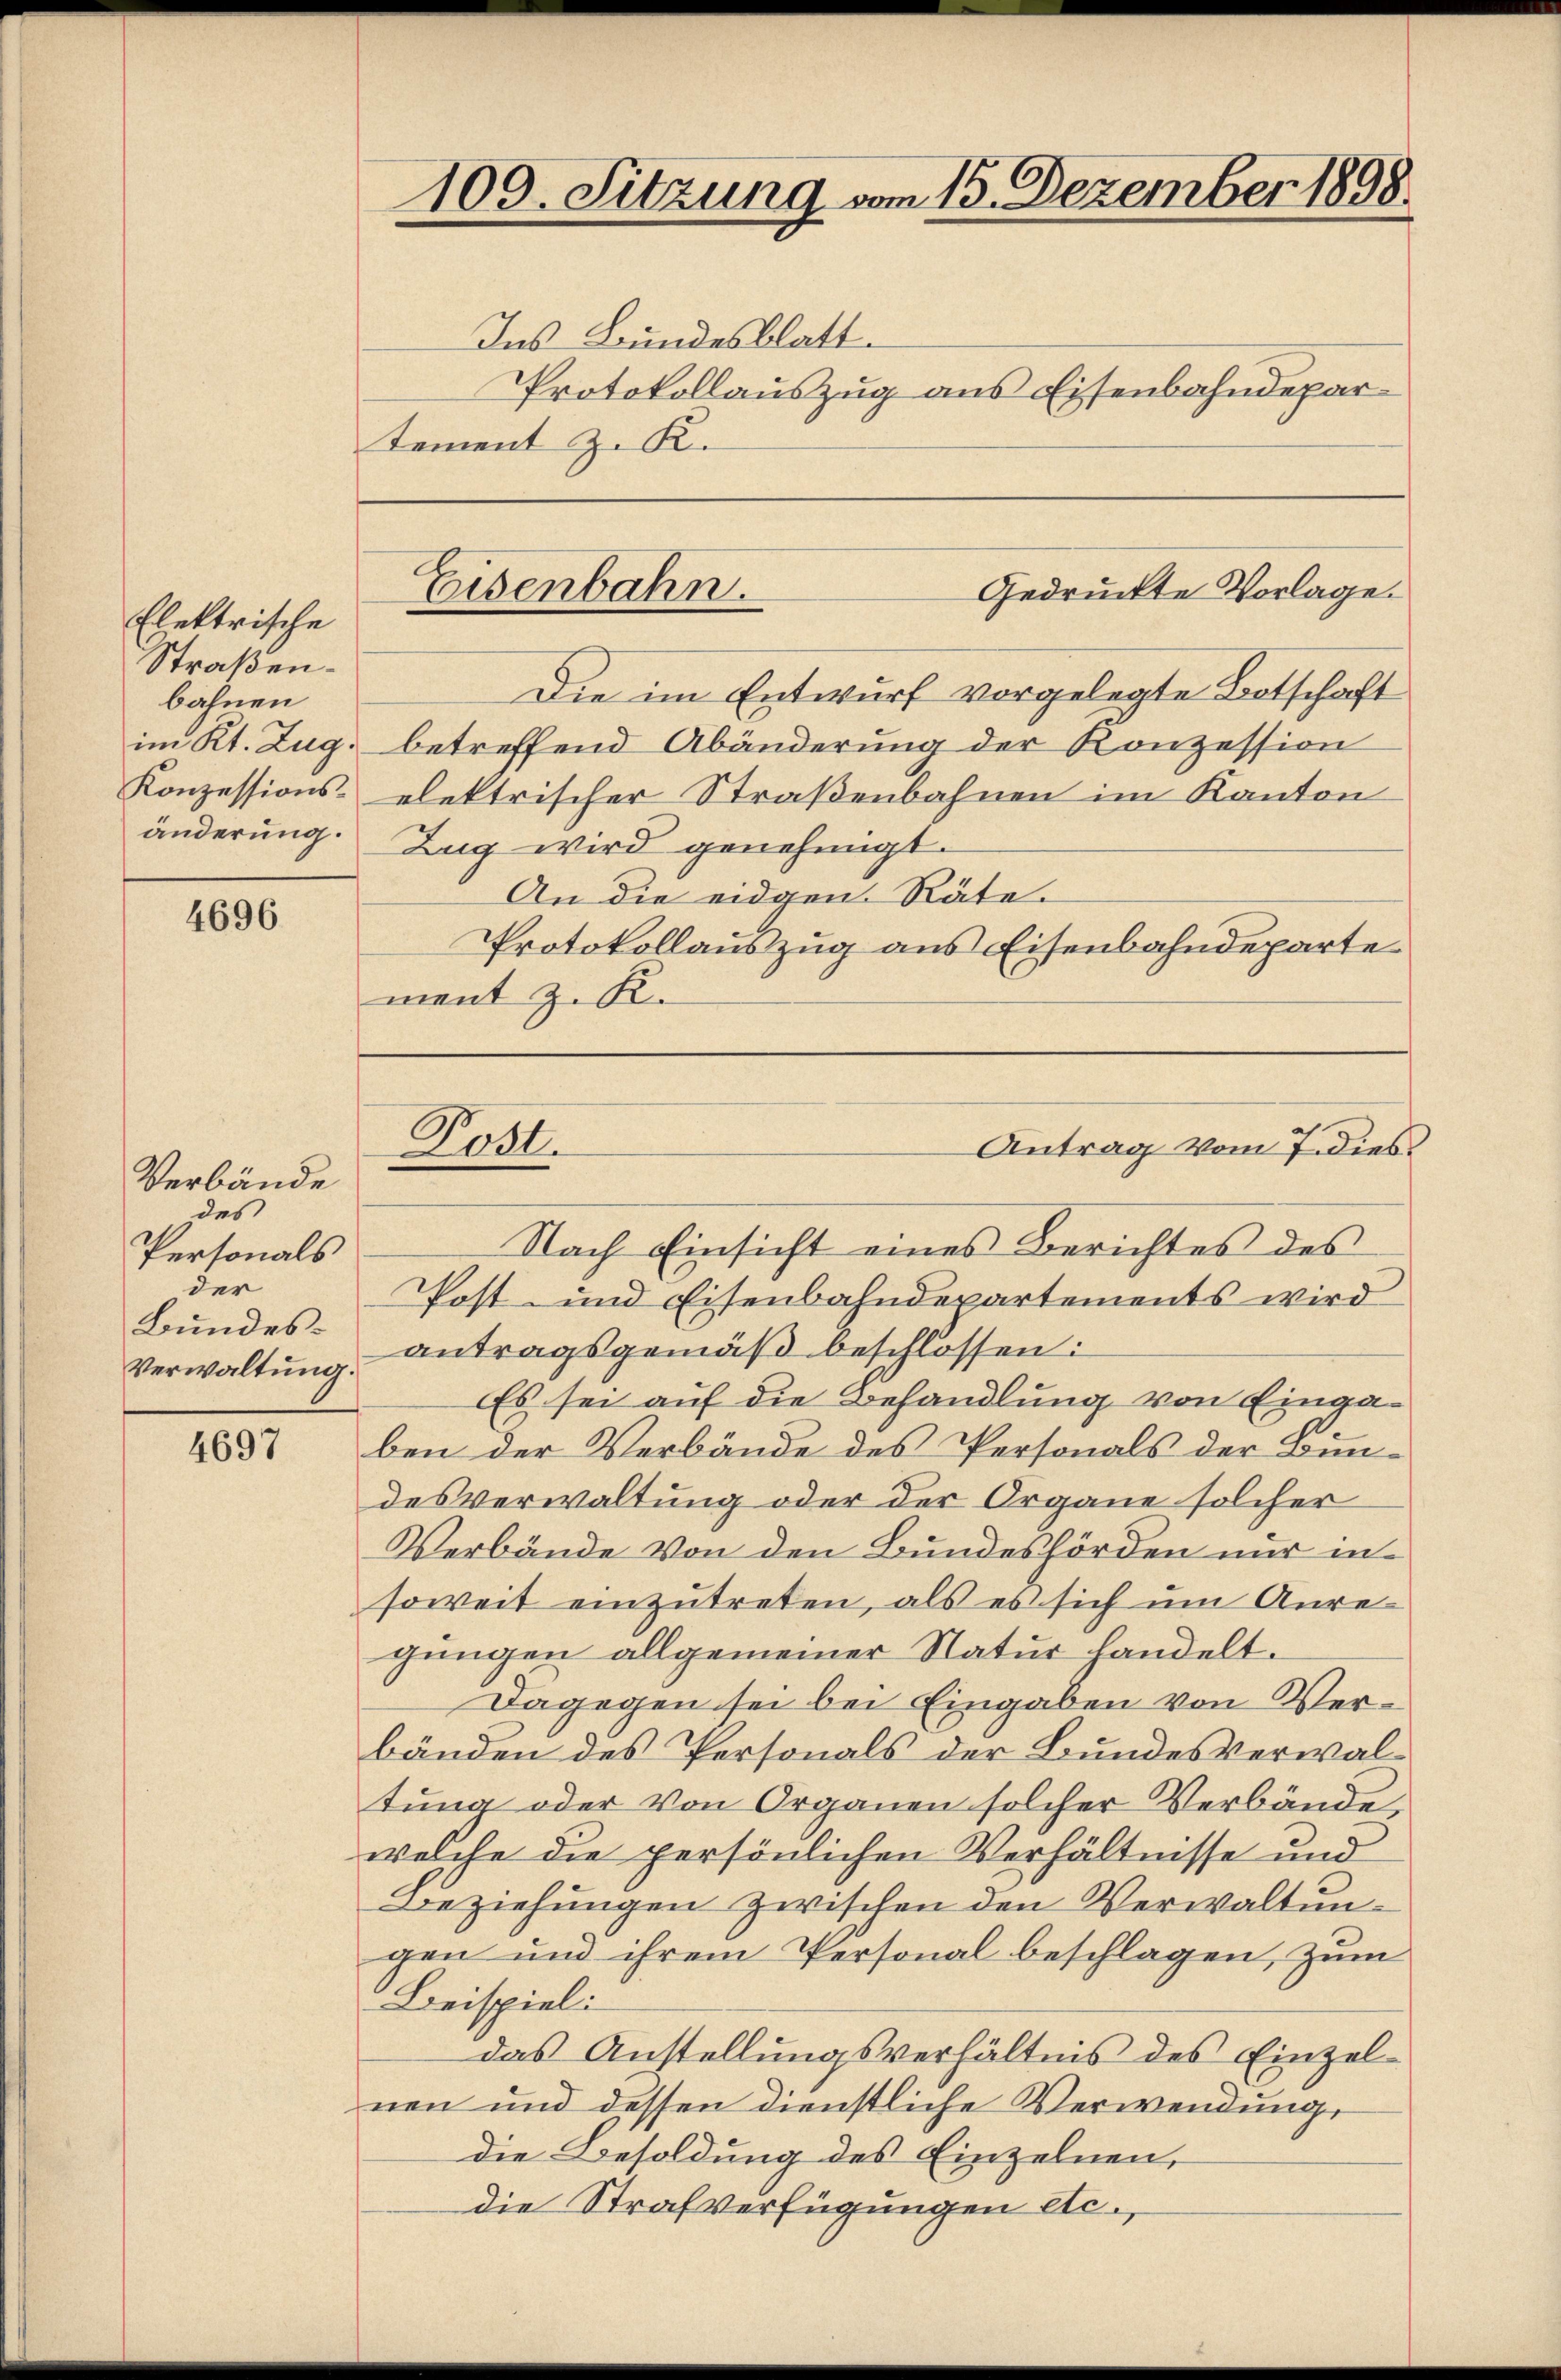
Elektrische
Straßen.
bahnen
im Kt. Zug,
Konzessions-
änderung.

4696

Verbände
des
Personals
der
Bundes¬
Verwaltung.

4697

tement z. K.

109. Sitzung vom 15. Dezember 1898.

Gedrückte Vorlage.
Eisenbahn.

Ins Bundesblatt.
Protokollauszug aus Eisenbahndepar-
Die im Entwurf vorgelegte Botschaft
betreffend Abänderung der Konzession
elektrischer Straßenbahnen im Kanton
Zug wird genehmigt.
An die eidgen. Räte.
Protokollauszug aus Eisenbahndeparte
ment z. K.

Nach Einsicht eines Berichtes des
Post- und Eisenbahndepartements wird
antragsgemäß beschlossen:
Es sei auf die Behandlung von Eingaben der Verbände des Personals der Bundesverwaltung oder der Organe solcher
Verbände von den Bundeshörden nur in
soweit einzutreten, als es sich um Anregungen allgemeiner Natur handelt.
Dagegen sei bei Eingaben von Verbänden des Personals der Bundesverwaltung oder von Organen solcher Verbände,
welche die persönlichen Verhältnisse und
Beziehungen zwischen den Verwaltungen und ihrem Personal beschlagen, zum
Beispiel:
das Anstellungsverhältnis des Einzelnen und dessen dienstliche Verwendung,
die Besoldung des Einzelnen,
die Strafverfügungen etc.,

5
ost.

Antrag vom 7. dies